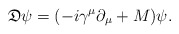
\begin{align*}\mathfrak D\psi = (-i\gamma^\mu\partial_\mu+M)\psi.\end{align*}